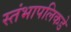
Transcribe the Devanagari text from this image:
स्तंभापलिकडे